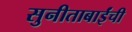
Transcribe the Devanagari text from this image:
सुनीताबाईंची